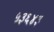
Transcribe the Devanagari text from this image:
५३६४३